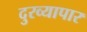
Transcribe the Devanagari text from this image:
दुरव्यापार